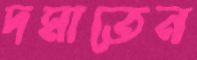
দমাতেন